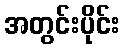
အတွင်းပိုင်း